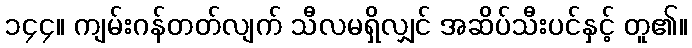
၁၄၄။ ကျမ်းဂန်တတ်လျက် သီလမရှိလျှင် အဆိပ်သီးပင်နှင့် တူ၏။